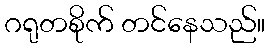
ဂရုတစိုက် တင်နေသည်။